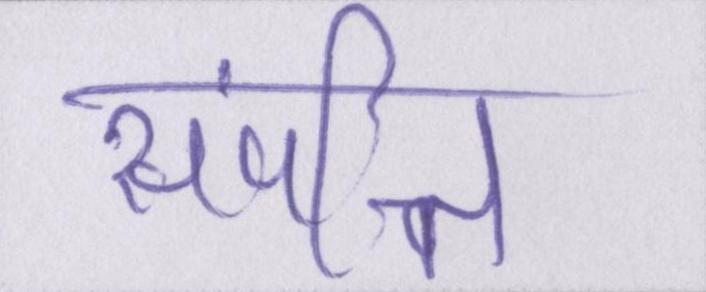
संपत्ति